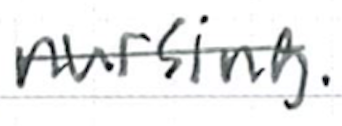
Text: nursing.
Cross-out: single-line
Writing tool: ballpoint